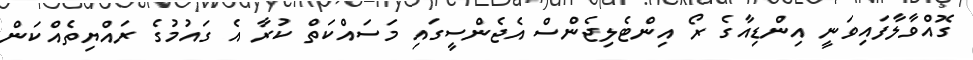
ގޮއްވާލާފައިވަނީ އިންޑިއާގެ ރޯ އިންޓެލިޖެންސް އެޖެންސީގައި މަަސައްކަތް ކުރާ އެ ގައުމުގެ ރައްޔިތެއްކަން